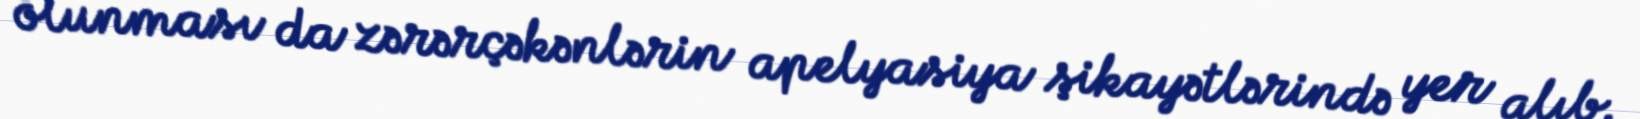
olunması da zərərçəkənlərin apelyasiya şikayətlərində yer alıb.